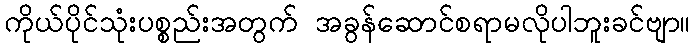
ကိုယ်ပိုင်သုံးပစ္စည်းအတွက် အခွန်ဆောင်စရာမလိုပါဘူးခင်ဗျာ။